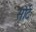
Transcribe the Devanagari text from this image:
सोर्ट